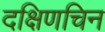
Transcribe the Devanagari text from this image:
दक्षिणचिन